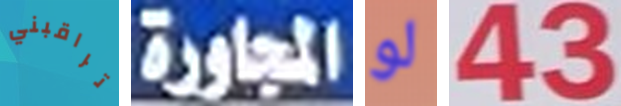
تراقبني المجاورة لو 4